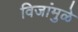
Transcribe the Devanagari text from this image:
विजांमुळे